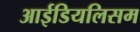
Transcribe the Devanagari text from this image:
आईडियलिसम